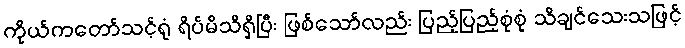
ကိုယ်ကတော်သင့်ရုံ ရိပ်မိသိရှိပြီး ဖြစ်သော်လည်း ပြည့်ပြည့်စုံစုံ သိချင်သေးသဖြင့်